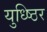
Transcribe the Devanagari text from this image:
युध्ष्ठिर